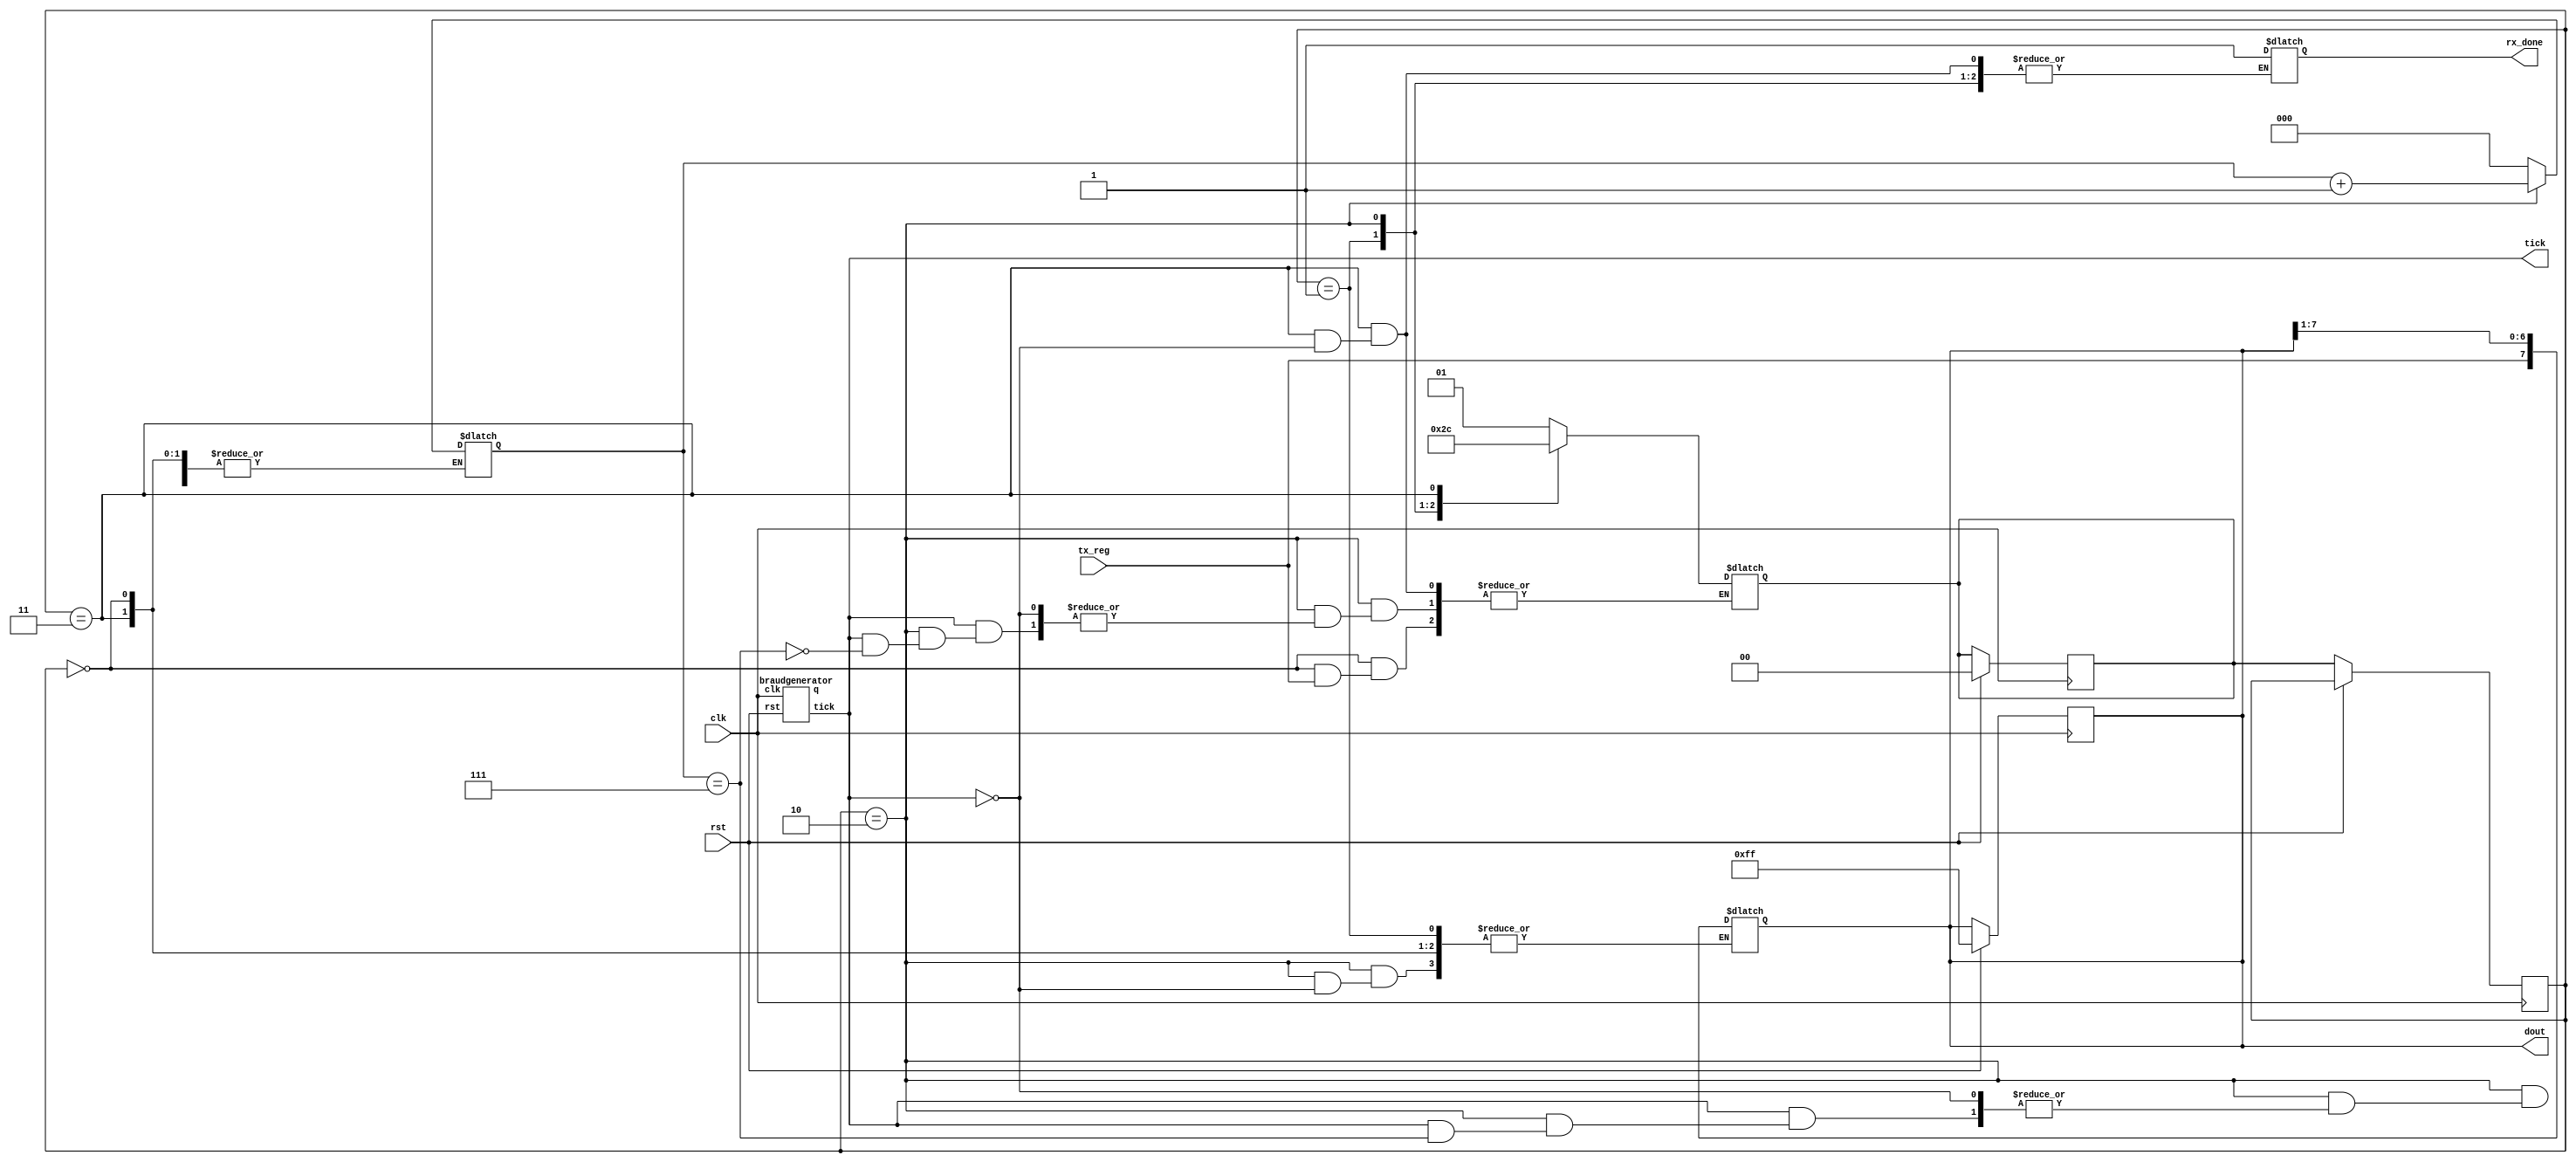
`timescale 1ns / 1ps
//////////////////////////////////////////////////////////////////////////////////
// Company: 
// Engineer: 
// 
// Design Name: 
// Module Name: uart_rec
// Project Name: 
// Target Devices: 
// Tool Versions: 
// Description: 
// 
// Dependencies: 
// 
// Revision:
// Revision 0.01 - File Created
// Additional Comments:
// 
//////////////////////////////////////////////////////////////////////////////////


module uart_rec(tx_reg,rst,clk,dout,rx_done,tick);
input tx_reg,rst,clk;
output [7:0]dout;
output rx_done,tick;
wire [7:0]dout;
reg rx_done;
parameter idle=2'b00,srt=2'b01,tra=2'b10,sp=2'b11;
wire tick;
wire [11:0]q;
reg [1:0]ns,ps;
reg [2:0]count;
reg [7:0]sbuf;
braudgenerator m1(clk,rst,q,tick);
always@(posedge clk)begin
if(rst)begin
ns=idle;
sbuf=8'hff;
end
else
ps=ns;
end
always@(*)begin
case(ps)
idle:begin
    if(tx_reg==0)
        ns=srt;
    end
srt:
    begin
    count=0;
    ns=tra;
    end
tra:
    begin
    if(tick)begin
    sbuf={tx_reg,sbuf[7:1]};
    if(count==7)begin
    ns=sp;
    end
    else
    count=count+1;
    end
    end
sp:
    begin
    if(tick)begin
    rx_done=1;
    ns=idle;
    end
    end
endcase
end
assign dout=sbuf;
endmodule
module braudgenerator(clk,rst,q,tick);
input clk,rst;
output reg [11:0]q;
output tick;
wire tick;
always@(posedge clk)begin
if((rst)||(q==2604))
q=0;
else 
q=q+1;
end
assign tick=(q==2604)?1:0;
endmodule